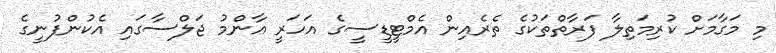
މި މަގާމަށް ކުރިމަތިލާ ފަރާތްތަކުގެ ތެރެއިން އެމްޓީޑީސީގެ އަހަރީ އާންމު ޖަލްސާގައި އެކުންފުނީގެ